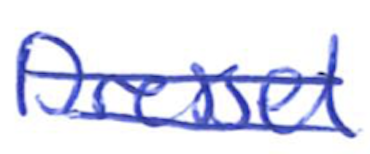
Text: Dressel
Cross-out: mix
Writing tool: ballpoint